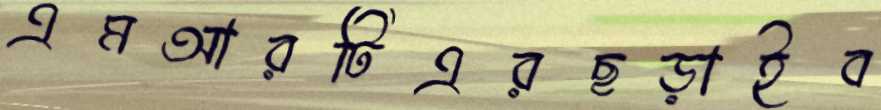
এমআরটিএরছড়াইব